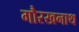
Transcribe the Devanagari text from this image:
गौरखनाथ